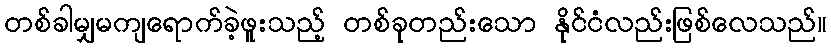
တစ်ခါမျှမကျရောက်ခဲ့ဖူးသည့် တစ်ခုတည်းသော နိုင်ငံလည်းဖြစ်လေသည်။